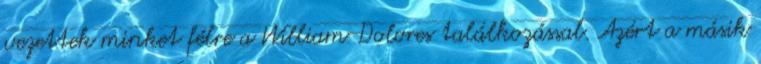
vezettek minket félre a William-Dolores találkozással. Azért a másik